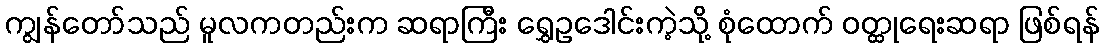
ကျွန်တော်သည် မူလကတည်းက ဆရာကြီး ရွှေဥဒေါင်းကဲ့သို့ စုံထောက် ဝတ္ထုရေးဆရာ ဖြစ်ရန်